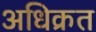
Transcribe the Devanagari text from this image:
अधिक्रत